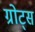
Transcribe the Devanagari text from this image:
ग्रोट्स